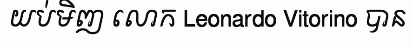
យប់មិញ លោក Leonardo Vitorino បាន